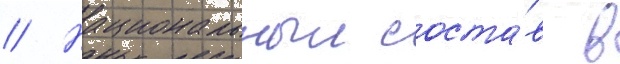
// Национальныи соста́в в